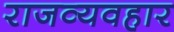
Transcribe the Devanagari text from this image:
राजव्यवहार